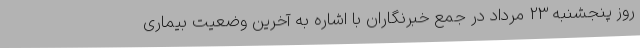
روز پنجشنبه 23 مرداد در جمع خبرنگاران با اشاره به آخرین وضعیت بیماری